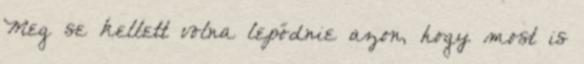
Meg se kellett volna lepődnie azon, hogy most is